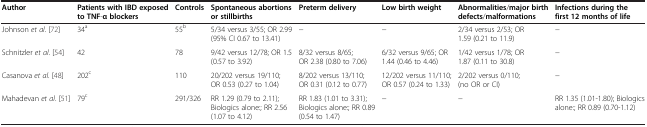
| Author | Patients with IBD exposed to TNF-α blockers | Controls | Spontaneous abortions or stillbirths | Preterm delivery | Low birth weight | Abnormalities/major birth defects/malformations | Infections during the first 12 months of life |
 | --- | --- | --- | --- | --- | --- | --- | --- |
 | Johnson et al. [72] | 34a | 55b | 5/34 versus 3/55; OR 2.99 (95% CI 0.67 to 13.41) | − | − | 2/34 versus 2/53; OR 1.59 (0.21 to 11.9) | − |
 | Schnitzler et al. [54] | 42 | 78 | 9/42 versus 12/78; OR 1.5 (0.57 to 3.92) | 8/32 versus 8/65; OR 2.38 (0.80 to 7.06) | 6/32 versus 9/65; OR 1.44 (0.46 to 4.46) | 1/42 versus 1/78; OR 1.87 (0.11 to 30.8) | − |
 | Casanova et al. [48] | 202c | 110 | 20/202 versus 19/110; OR 0.53 (0.27 to 1.04) | 8/202 versus 13/110; OR 0.31 (0.12 to 0.77) | 12/202 versus 11/110; OR 0.57 (0.24 to 1.33) | 2/202 versus 0/110; (no OR or CI) | − |
 | Mahadevan et al. [51] | 79c | 291/326 | RR 1.29 (0.79 to 2.11); Biologics alone:; RR 2.56 (1.07 to 4.12) | RR 1.83 (1.01 to 3.31); Biologics alone:; RR 0.89 (0.54 to 1.47) | − | − | RR 1.35 (1.01-1.80); Biologics alone:; RR 0.89 (0.70-1.12) |